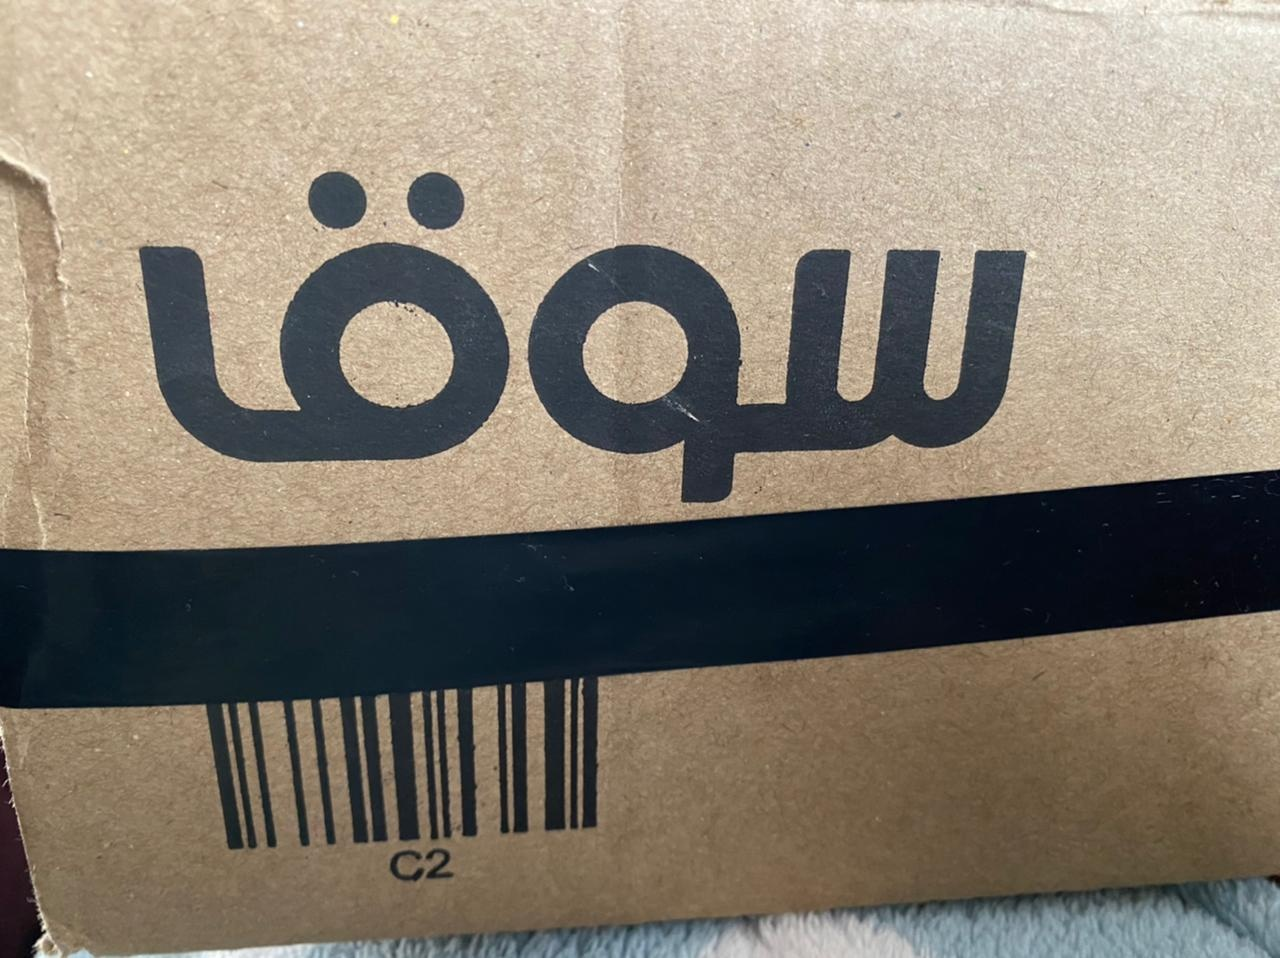
Text in image: سوق C2